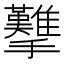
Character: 𢺋